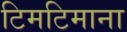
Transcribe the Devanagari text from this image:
टिमटिमाना